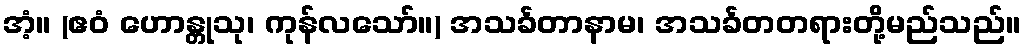
အံ့။ (ဧဝံ ဟောန္တုသု၊ ကုန်လသော်။) အသင်္ခတာနာမ၊ အသင်္ခတတရားတို့မည်သည်။